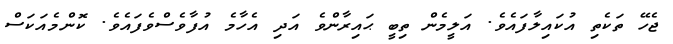
ޖެހޭ ތަކެތި އުކައިލާފަައެވެ. އަލީމެން ތިބީ ޙައިރާންވެ އަދި އެހާމެ އުފާވެސްވެފައެވެ. ކޮންމެއަކަސް